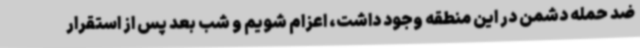
ضد حمله دشمن در این منطقه وجود داشت، اعزام شویم و شب بعد پس از استقرار